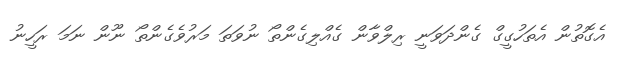
އެގޮތުން އެތަހުގީގް ގެންދަވަނީ ރިލްވާން ގެއްލިގެންތޯ ނުވަތަ މަރުވެގެންތޯ ނޫން ނަމަ ރަހީނު